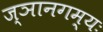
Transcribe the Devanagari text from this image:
ज्ञानगम्यः